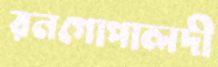
রনগোপালদী